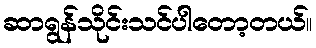
ဆာရွန်သိုင်းသင်ပါတော့တယ်။